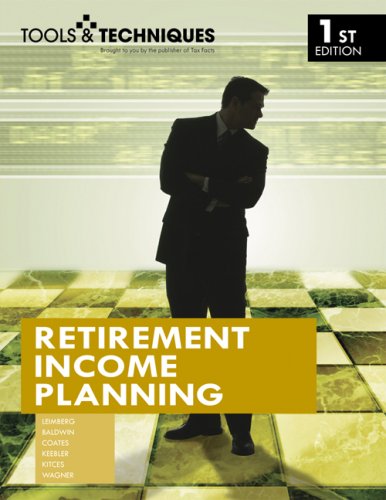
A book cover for Tools & Techniques of Retirement Income Planning (Tools & Techniques); Aaron S. Coates; Business & Money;